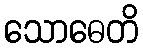
သောဓေတိ